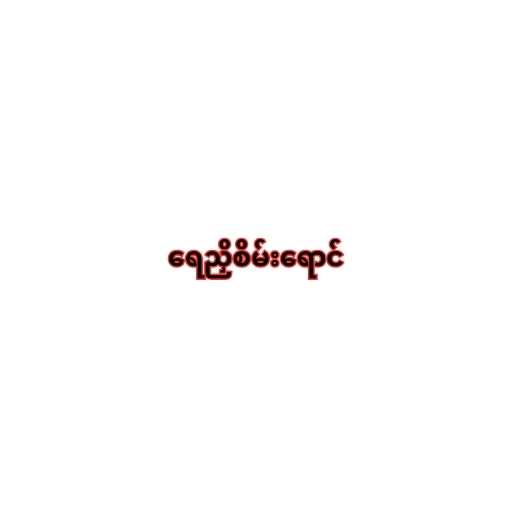
ရေညှိစိမ်းရောင်